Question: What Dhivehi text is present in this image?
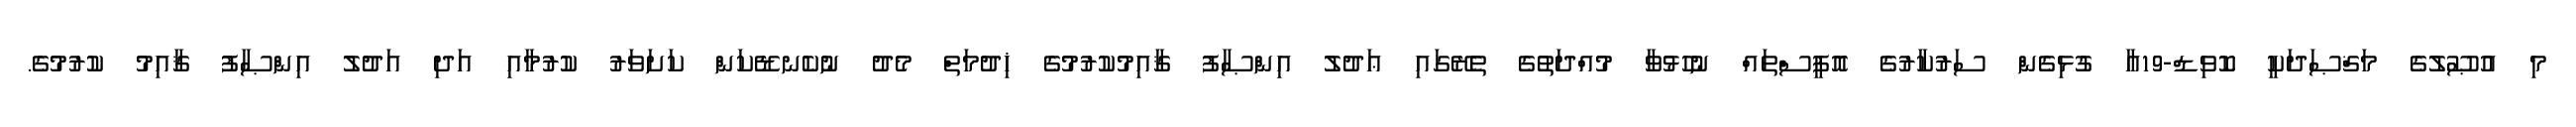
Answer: މި އުޞޫލުގެ މަޤްޞަދަކީ ކޮވިޑް-19އާ ގުޅިގެން ސަރުކާރުގެ އޮފީސްތައް ނުހުޅުވާ މުއްދަތުގެ ތެރޭގައި ޢަދުލު އިންޞާފު ޤާއިމުކުރުމުގެ ޚިދުމަތް މެދު ނުކެނޑޭކަން ކަށަވަރު ކުރުމާއި އަދި އަދުލު އިންޞާފު ޤާއިމު ކުރުމުގެ.